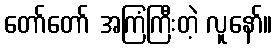
တော်တော် အကြံကြီးတဲ့ လူနော်။